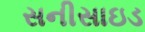
સનીસાઇડ